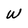
Character: W